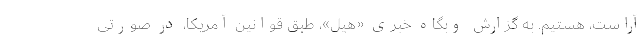
آراست، هستیم. به گزارش وبگاه خبری «هیل»، طبق قوانین آمریکا، در صورتی